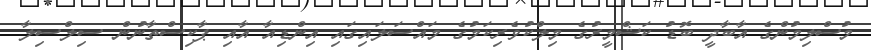
މުސްލިމުންގެ އާބާދީ ބޮޑު ކަޝްމީރުގެ މިލްކުވެރިކަމުގެ މައްސަލައިގައި އިންޑިއާ އާއި ޕާކިސްތާނުން ސިލްސިލާ